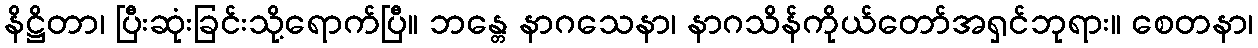
နိဋ္ဌိတာ၊ ပြီးဆုံးခြင်းသို့ရောက်ပြီ။ ဘန္တေ နာဂသေနာ၊ နာဂသိန်ကိုယ်တော်အရှင်ဘုရား။ စေတနာ၊